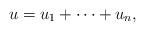
LaTeX: \begin{align*} u=u_1+\dots+u_n,\end{align*}